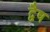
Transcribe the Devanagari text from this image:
द्वैष